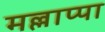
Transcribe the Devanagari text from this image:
मल्लाप्पा